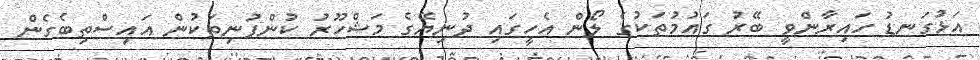
އަޅުގަނޑު ހައިރާންވީ ބޭރު ގައުމުތަކުގެ ލޯން އެހީގައި ދުނިޔޭގެ މަޝްހޫރު ކުންފުނިތަކުން އައިސްތިބެގެން